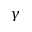
\gamma